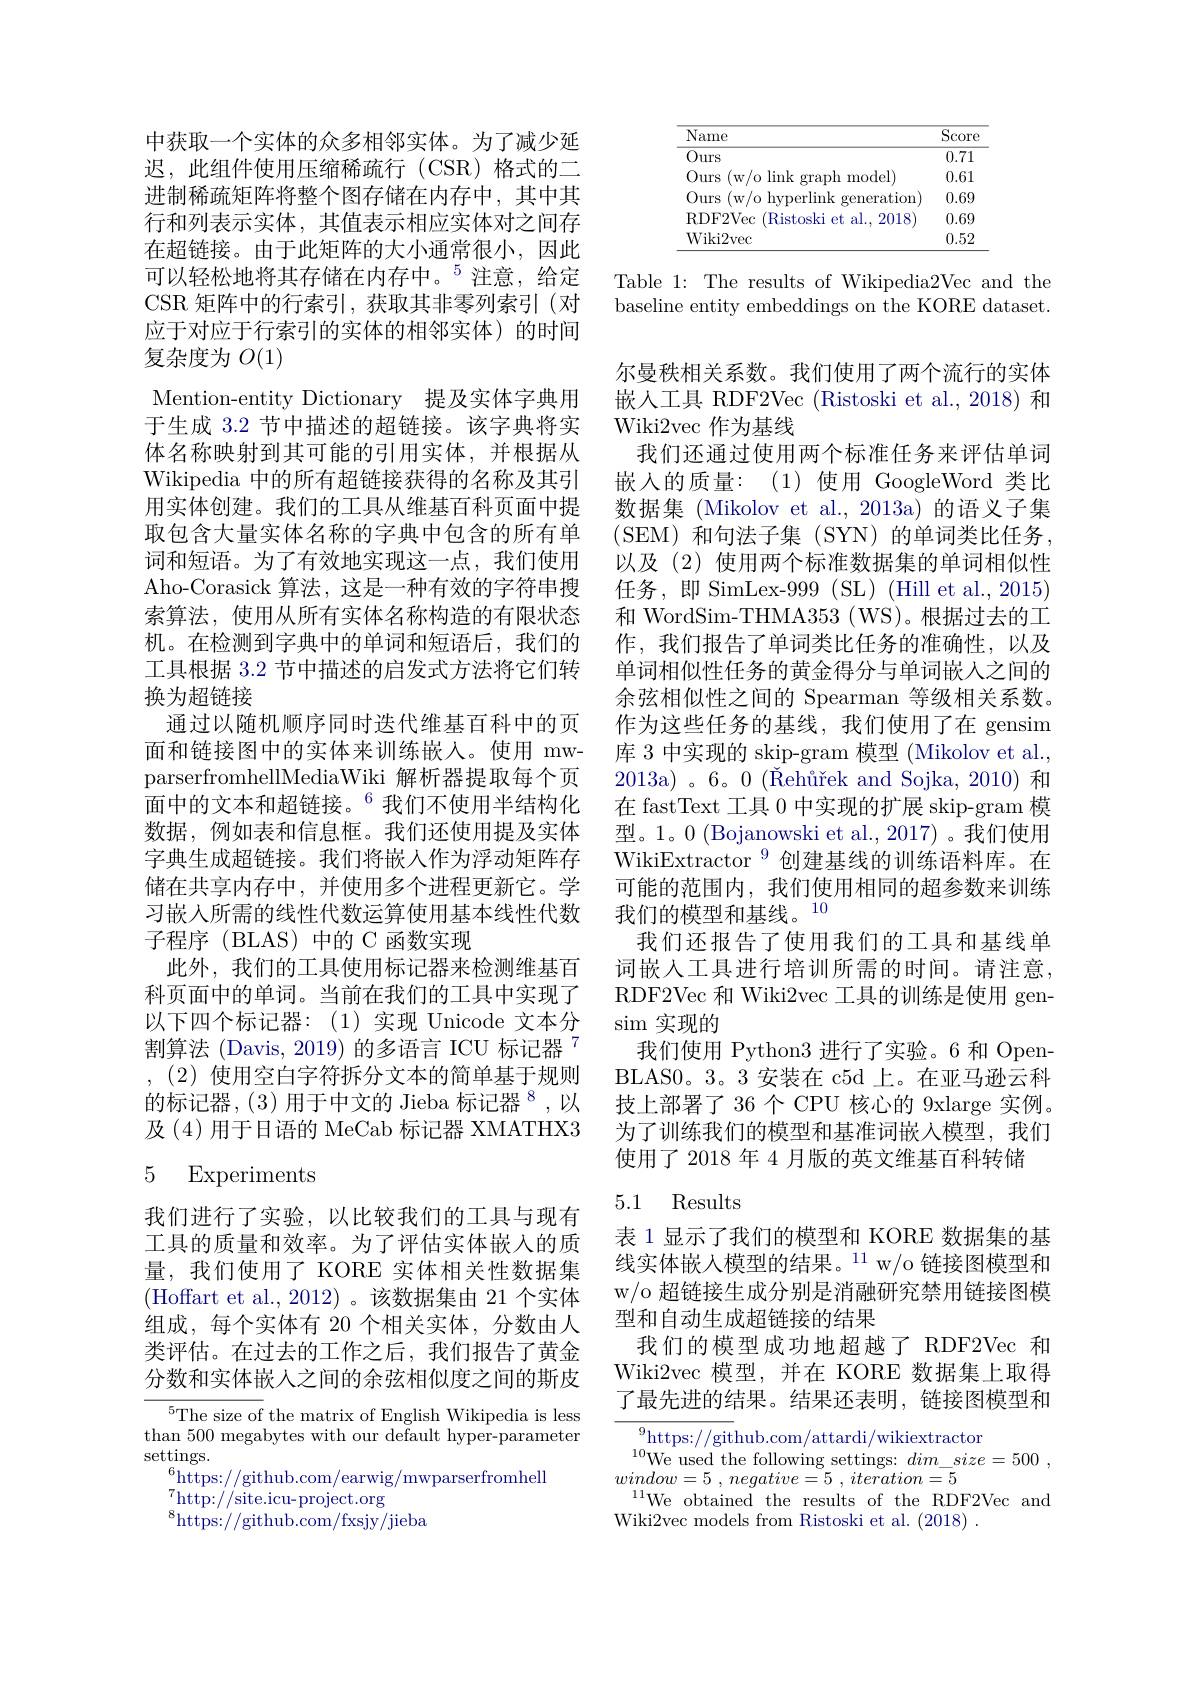
中获取一个实体的众多相邻实体。为了减少延迟，此组件使用压缩稀疏行(CSR)格式的二进制稀疏矩阵将整个图存储在内存中，其中其行和列表示实体，其值表示相应实体对之间存在超链接。由于此矩阵的大小通常很小，因此可以轻松地将其存储在内存中。$^{5}$注意，给定CSR 矩阵中的行索引，获取其非零列索引(对应于对应于行索引的实体的相邻实体)的时间复杂度为$O(1)$
Mention-entity Dictionary 提及实体字典用于生成 3.2 节中描述的超链接。该字典将实体名称映射到其可能的引用实体，并根据从Wikipedia 中的所有超链接获得的名称及其引用实体创建。我们的工具从维基百科页面中提取包含大量实体名称的字典中包含的所有单词和短语。为了有效地实现这一点，我们使用Aho-Corasick 算法，这是一种有效的字符串搜索算法，使用从所有实体名称构造的有限状态机。在检测到字典中的单词和短语后，我们的工具根据 3.2 节中描述的启发式方法将它们转换为超链接
通过以随机顺序同时迭代维基百科中的页面和链接图中的实体来训练嵌入。使用 mwparserfromhellMediaWiki 解析器提取每个页面中的文本和超链接。$^{6}$我们不使用半结构化数据，例如表和信息框。我们还使用提及实体字典生成超链接。我们将嵌人作为浮动矩阵存储在共享内存中，并使用多个进程更新它。学习嵌入所需的线性代数运算使用基本线性代数子程序 (BLAS) 中的 C 函数实现
此外，我们的工具使用标记器来检测维基百科页面中的单词。当前在我们的工具中实现了以下四个标记器：(1)实现 Unicode 文本分割算法 (Davis, 2019) 的多语言 ICU 标记器$^{7}$ ,(2)使用空白字符拆分文本的简单基于规则的标记器，(3)用于中文的 Jieba 标记器$^{8}$,以及(4)用于日语的 MeCab 标记器 XMATHX35 Experiments

我们进行了实验，以比较我们的工具与现有工具的质量和效率。为了评估实体嵌入的质量，我们使用了 KORE 实体相关性数据集(Hoffart et al.,2012)。该数据集由 21 个实体组成，每个实体有 20 个相关实体，分数由人类评估。在过去的工作之后，我们报告了黄金分数和实体嵌人之间的余弦相似度之间的斯皮

$^{5}$The size of the matrix of English Wikipedia is less than 500 megabytes with our default hyper-parameter $\operatorname{settings.}$
$^{6}$https://github.com/earwig/mwparserfromhell
$^{7}$http: / / site. icu- project. org
$^{8}$https://github.com/fxsjy/jieba

<table>
	<tbody>
		<tr>
			<th>$\overline{\mathrm{Name}}$</th>
			<th>$\overline{\mathrm{Score}}$</th>
		</tr>
		<tr>
			<td>$\overline{Ours}$</td>
			<td>0.71</td>
		</tr>
		<tr>
			<td>Ours (w/olink $\kappa$graph model</td>
			<td>0.61</td>
		</tr>
		<tr>
			<td>Ours (w/ o hvperlink generation)</td>
			<td>0.69</td>
		</tr>
		<tr>
			<td>RDF2Vec Ristoski et al. 2018</td>
			<td>0.69</td>
		</tr>
		<tr>
			<td>Wiki2vec</td>
			<td>0.52</td>
		</tr>
	</tbody>
</table>

Table 1: The results of Wikipedia2Vec and the

baseline entity embeddings on the KORE dataset.

尔曼秩相关系数。我们使用了两个流行的实体嵌人工具 RDF2Vec (Ristoski et al., 2018) 和Wiki2vec 作为基线
我们还通过使用两个标准任务来评估单词嵌入的质量：(1)使用 GoogleWord 类比数据集 (Mikolov et al., 2013a)的语义子集(SEM)和句法子集 (SYN)的单词类比任务， 以及(2) 使用两个标准数据集的单词相似性任务，即 SimLex-999(SL) (Hill et al.,2015) 和 WordSim-THMA353 (WS)。根据过去的工作，我们报告了单词类比任务的准确性，以及单词相似性任务的黄金得分与单词嵌人之间的余弦相似性之间的 Spearman 等级相关系数。作为这些任务的基线，我们使用了在 gensim 库 3 中实现的 skip-gram 模型 (Mikolov et al., 2013a) 。6。0 ($\text{\v {R}eh\r {u}\v {r}ekandSojka, 2010) 和 }$ 在 fastText 工具0中实现的扩展 skip-gram 模型。1。0 (Bojanowski et al., 2017) 。我们使用WikiExtractor$^{9}$创建基线的训练语料库。在可能的范围内，我们使用相同的超参数来训练我们的模型和基线。10
我们还报告了使用我们的工具和基线单词嵌入工具进行培训所需的时间。请注意， RDF2Vec 和 Wiki2vec 工具的训练是使用 gen- $\operatorname{sim}$实现的
我们使用 Python3 进行了实验。6 和 OpenBLAS0。3。3 安装在 c5d 上。在亚马逊云科技上部署了 36 个 CPU 核心的 9xlarge 实例。为了训练我们的模型和基准词嵌入模型，我们使用了 2018 年 4 月版的英文维基百科转储

### 5.1 Results

表 1 显示了我们的模型和 KORE 数据集的基线实体嵌入模型的结果。$^{11}$w/o 链接图模型和w/o 超链接生成分别是消融研究禁用链接图模型和自动生成超链接的结果
我们的模型成功地超越了 RDF2Vec 和Wiki2vec 模型，并在 KORE 数据集上取得了最先进的结果。结果还表明，链接图模型和

$^{9}$https://github.com/attardi/wikiextractor
$\begin{array}{c}{{^{10}\mathrm{We~used~the~following~settings:~}dim_{-}size=500~,}}\\{{window=5~,~negative=5~,~iteration=5}}\end{array}$ ${\mathrm{Vind}}^{11}$We${\mathrm{obtained~the~results~of~the~RDF2Vec~and}}$ Wiki2vec models from Ristoski et al. (2018) .